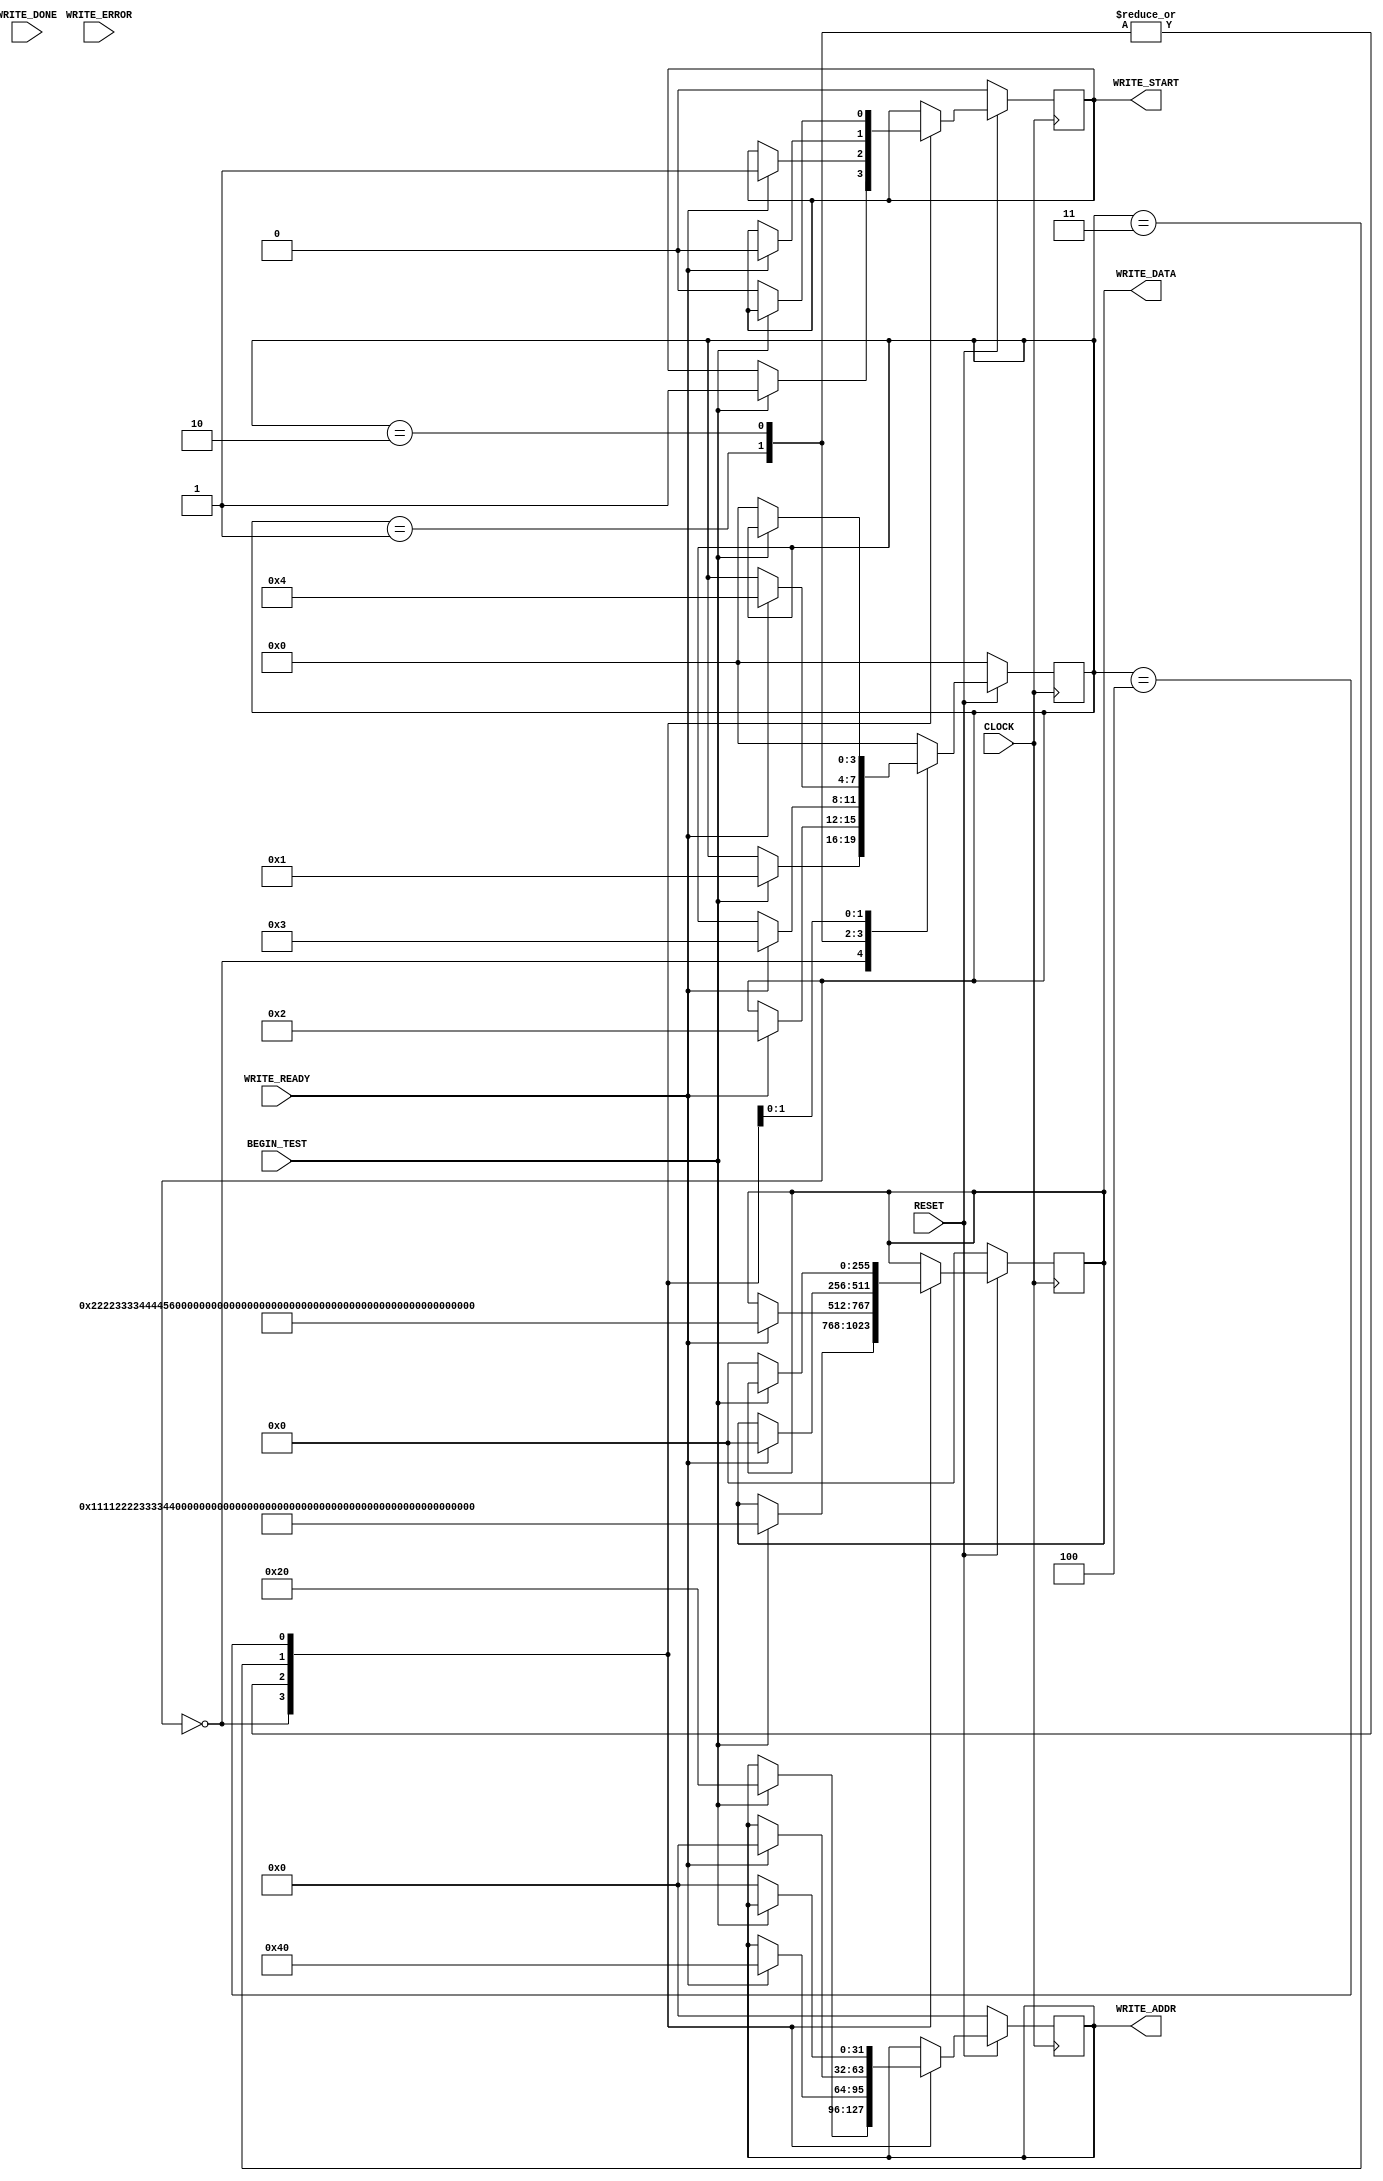

`timescale 1 ns / 1 ps

module axi4_tester #
(
    parameter P_TARGET_SLAVE_BASE_ADDR     = 32'h0,                             //Base address of targeted slave
    
    parameter integer P_WRITE_BURSTS = 1,                                       //Burst Length. Supports 1, 2, 4, 8, 16, 32, 64, 128, 256 burst lengths
    parameter integer P_READ_BURSTS  = 16,                                      //Burst Length. Supports 1, 2, 4, 8, 16, 32, 64, 128, 256 burst lengths
    parameter integer P_ID_WIDTH     = 6,                                       //Thread ID Width
    parameter integer P_ADDR_WIDTH   = 32,                                      //Width of Address Bus
    parameter integer P_DATA_WIDTH   = 256                                      //Width of Data Bus
)
(
    input  wire CLOCK,                                                          //Global Clock Signal.
    input  wire RESET,                                                          //Global Reset Signal. This Signal is Active Low

    input  wire BEGIN_TEST,

    output wire [P_ADDR_WIDTH - 1:0] WRITE_ADDR,
    output wire [P_DATA_WIDTH - 1:0] WRITE_DATA,
    output wire WRITE_START,
    input  wire WRITE_READY,
    input  wire WRITE_DONE,                                                     //Asserts when transaction is complete
    input  wire WRITE_ERROR                                                    //Asserts when ERROR is detected
);

//State machine parameters.
reg [3:0] current_state;
localparam [3:0] STATE_IDLE  = 0;
localparam [3:0] STATE_WAIT1 = 1;
localparam [3:0] STATE_WAIT2 = 2;
localparam [3:0] STATE_WAIT3 = 3;
localparam [3:0] STATE_DONE  = 4;

reg  [P_ADDR_WIDTH - 1:0] m_waddr;
reg  [P_DATA_WIDTH - 1:0] m_wdata;
reg  m_wstart;

assign WRITE_START = m_wstart;
assign WRITE_ADDR = m_waddr;
assign WRITE_DATA = m_wdata;

always @(posedge CLOCK) begin
    if (!RESET) begin
        current_state <= STATE_IDLE;
        m_wstart <= 0;
        m_waddr <= 0;
        m_wdata <= 0;
    end else begin
        case (current_state)
            STATE_IDLE: begin
                if (BEGIN_TEST) begin
                    current_state <= STATE_WAIT1;
                    m_wstart <= 1;
                    m_waddr <= 'h20;
                    m_wdata <= 'h1111_2222_3333_4444_5555_6666_7777_8888_1111_2222_3333_4444_5555_6666_7777_8888;
                end
            end
            STATE_WAIT1: begin
                if (WRITE_READY) begin
                    current_state <= STATE_WAIT2;
                    m_wstart <= 1;
                    m_waddr <= 'h40;
                    m_wdata <= 'h2222_3333_4444_5555_6666_7777_8888_1111_2222_3333_4444_5555_6666_7777_8888_1111;
                end
            end            
            STATE_WAIT2: begin
                if (WRITE_READY) begin
                    current_state <= STATE_WAIT3;
                    m_wstart <= 1;
                    m_waddr <= 'h40;
                    m_wdata <= 'h2222_3333_4444_5555_6666_7777_8888_1111_2222_3333_4444_5555_6666_7777_8888_1111;
                end
            end            
            STATE_WAIT3: begin
                if (WRITE_READY) begin
                    current_state <= STATE_DONE;
                    m_wstart <= 0;
                    m_waddr <= 'h0;
                    m_wdata <= 'h0;
                end
            end
            STATE_DONE: begin
                if (!BEGIN_TEST) begin
                    current_state <= STATE_IDLE;
                    m_wstart <= 0;
                    m_waddr <= 'h0;
                    m_wdata <= 'h0;
                end            
            end            
            default: begin
                current_state <= STATE_IDLE;
            end
        endcase
    end
end


endmodule